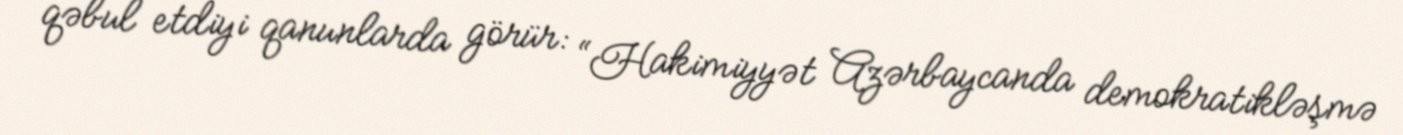
qəbul etdiyi qanunlarda görür: “Hakimiyyət Azərbaycanda demokratikləşmə